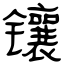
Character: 镶